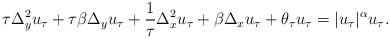
LaTeX: \begin{align*}\tau\Delta_y^2 u_\tau + \tau\beta\Delta_y u_\tau + \frac{1}{\tau}\Delta^2_{x}u_\tau+\beta\Delta_x u_\tau+\theta_\tau u_\tau=|u_\tau|^\alpha u_\tau.\end{align*}